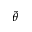
\tilde { \theta }